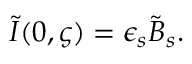
\tilde { I } ( 0 , \varsigma ) = \epsilon _ { s } \tilde { B } _ { s } .